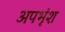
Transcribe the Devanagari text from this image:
अपभृंश